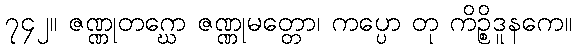
၇၄၂။ ဇဏ္ဏုတဂ္ဃော ဇဏ္ဏုမတ္တော၊ ကပ္ပော တု ကိဉ္စိဒူနကေ။